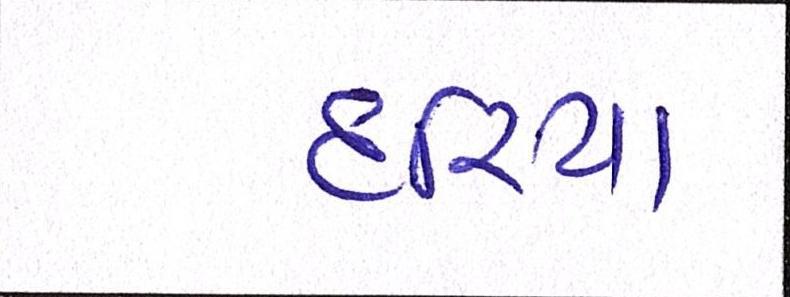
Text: દરિયા